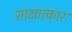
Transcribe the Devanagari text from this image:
साक्षात्कारः